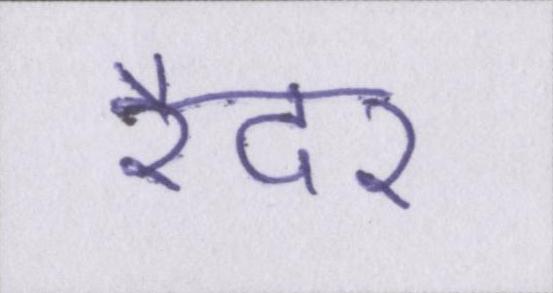
रैदर